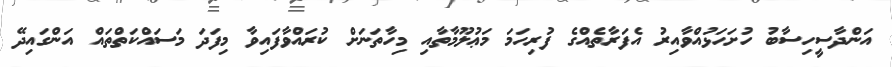
އަންދާސީހިސާބު ހުށަހަޅުއްވާއިރު އެފަރާތެއްގެ ފުރިހަމަ މަޢުލޫމާތާއި މިހާތަނަށް ކުރައްވާފައިވާ މިފަދަ މަސައްކަތްތައް އަންގައިދޭ